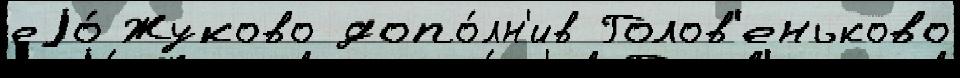
еjо́ Жуково допо́лн'ив Голов'еньково